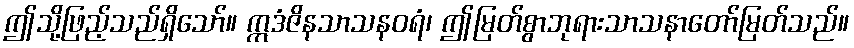
ဤသို့ဖြည့်သည်ရှိသော်။ ဣဒံဇိနသာသနဝရံ၊ ဤမြတ်စွာဘုရားသာသနာတော်မြတ်သည်။